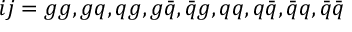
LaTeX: i j = g g , g q , q g , g \bar { q } , \bar { q } g , q q , q \bar { q } , \bar { q } q , \bar { q } \bar { q }